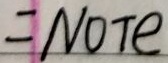
#NAME?